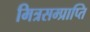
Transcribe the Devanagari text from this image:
मित्रसम्प्राप्ति